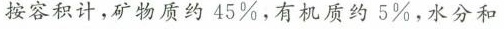
按容积计，矿物质约45%，有机质约5%，水分和